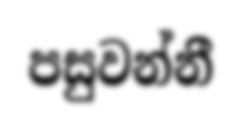
පසුවන්නී